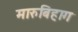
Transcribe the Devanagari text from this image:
मारुबिहाग